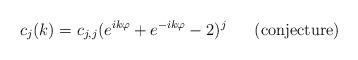
LaTeX: \begin{align*}c_j(k)=c_{j,j}(e^{ik\varphi}+e^{-ik\varphi}-2)^j\;\;\;\;\;\;\mbox{(conjecture)}\end{align*}